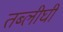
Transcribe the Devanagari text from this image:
तब्लीघी